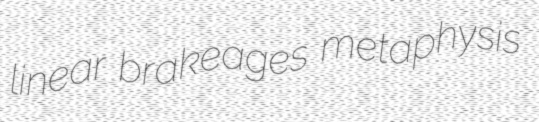
linear brakeages metaphysis